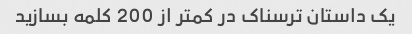
یک داستان ترسناک در کمتر از 200 کلمه بسازید